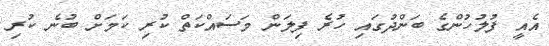
އެއީ ފުލުހުންގެ ބަންދުގައި ހުރެ ފިލަން މަސައްކަތް ކުރި ކަމަށް ބުނެ ކުރި